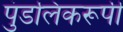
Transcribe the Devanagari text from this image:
पुंडलिकरूपी